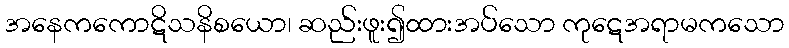
အနေကကောဋိသနိစယော၊ ဆည်းဖူး၍ထားအပ်သော ကုဋေအရာမကသော